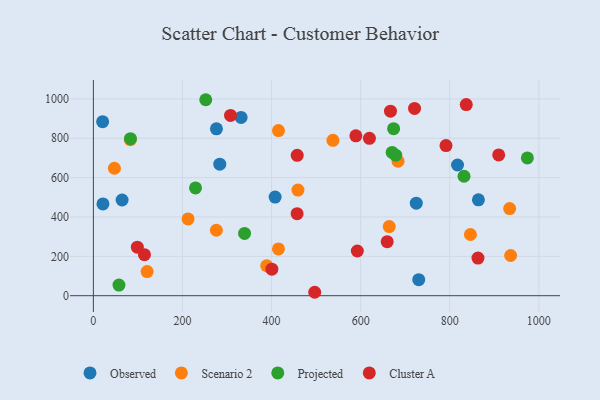
{"axis": {"x": "Distance", "y": "Rating"}, "legend": ["Cluster A", "Observed", "Projected", "Scenario 2"], "data": [{"x": "331.6", "y": 905.7, "type": "Observed"}, {"x": "64.5", "y": 486.3, "type": "Observed"}, {"x": "276.3", "y": 848.2, "type": "Observed"}, {"x": "864.4", "y": 487.2, "type": "Observed"}, {"x": "730.4", "y": 81.6, "type": "Observed"}, {"x": "20.8", "y": 884.3, "type": "Observed"}, {"x": "283.8", "y": 668.2, "type": "Observed"}, {"x": "817.5", "y": 664.2, "type": "Observed"}, {"x": "21.5", "y": 466.5, "type": "Observed"}, {"x": "724.9", "y": 470.0, "type": "Observed"}, {"x": "408.0", "y": 501.4, "type": "Observed"}, {"x": "936.7", "y": 204.4, "type": "Scenario 2"}, {"x": "120.7", "y": 122.4, "type": "Scenario 2"}, {"x": "415.6", "y": 839.1, "type": "Scenario 2"}, {"x": "83.0", "y": 792.8, "type": "Scenario 2"}, {"x": "664.2", "y": 351.3, "type": "Scenario 2"}, {"x": "537.8", "y": 789.7, "type": "Scenario 2"}, {"x": "47.2", "y": 647.6, "type": "Scenario 2"}, {"x": "459.3", "y": 536.6, "type": "Scenario 2"}, {"x": "415.5", "y": 237.6, "type": "Scenario 2"}, {"x": "389.1", "y": 152.3, "type": "Scenario 2"}, {"x": "683.9", "y": 683.4, "type": "Scenario 2"}, {"x": "212.6", "y": 390.2, "type": "Scenario 2"}, {"x": "934.5", "y": 442.5, "type": "Scenario 2"}, {"x": "276.1", "y": 332.6, "type": "Scenario 2"}, {"x": "846.4", "y": 311.0, "type": "Scenario 2"}, {"x": "670.7", "y": 728.1, "type": "Projected"}, {"x": "252.3", "y": 995.9, "type": "Projected"}, {"x": "83.3", "y": 797.9, "type": "Projected"}, {"x": "832.1", "y": 607.0, "type": "Projected"}, {"x": "229.3", "y": 547.8, "type": "Projected"}, {"x": "57.5", "y": 54.0, "type": "Projected"}, {"x": "674.0", "y": 848.7, "type": "Projected"}, {"x": "339.4", "y": 316.7, "type": "Projected"}, {"x": "678.8", "y": 714.1, "type": "Projected"}, {"x": "974.3", "y": 700.1, "type": "Projected"}, {"x": "307.9", "y": 916.2, "type": "Cluster A"}, {"x": "457.6", "y": 713.3, "type": "Cluster A"}, {"x": "863.4", "y": 191.2, "type": "Cluster A"}, {"x": "400.7", "y": 134.9, "type": "Cluster A"}, {"x": "98.7", "y": 246.7, "type": "Cluster A"}, {"x": "457.4", "y": 416.9, "type": "Cluster A"}, {"x": "667.0", "y": 937.5, "type": "Cluster A"}, {"x": "909.9", "y": 715.5, "type": "Cluster A"}, {"x": "837.1", "y": 971.1, "type": "Cluster A"}, {"x": "496.9", "y": 17.4, "type": "Cluster A"}, {"x": "619.7", "y": 799.5, "type": "Cluster A"}, {"x": "721.0", "y": 951.5, "type": "Cluster A"}, {"x": "791.6", "y": 763.1, "type": "Cluster A"}, {"x": "589.3", "y": 812.6, "type": "Cluster A"}, {"x": "659.6", "y": 274.6, "type": "Cluster A"}, {"x": "114.7", "y": 208.6, "type": "Cluster A"}, {"x": "592.6", "y": 227.1, "type": "Cluster A"}]}